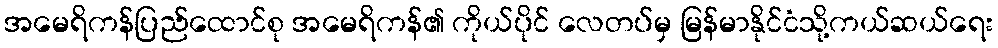
အမေရိကန်ပြည်ထောင်စု အမေရိကန်၏ ကိုယ်ပိုင် လေတပ်မှ မြန်မာနိုင်ငံသို့ကယ်ဆယ်ရေး